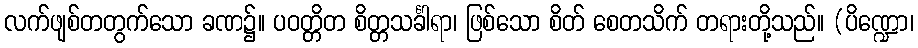
လက်ဖျစ်တတွက်သော ခဏ၌။ ပဝတ္တိတ စိတ္တသင်္ခါရာ၊ ဖြစ်သော စိတ် စေတသိက် တရားတို့သည်။ (ပိဏ္ဍော၊